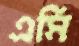
এমি